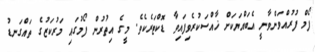
ފޯމް ފުރުއްވަންވާނީ އެބައްޔަކަށް ޚާއްސަކުރެވިފައިވާ ޑޮކްޓަރެކެވެ. މީގެ އިތުރުން ފޯމުގައި މަރުކަޒުގެ ތައްގަނޑު